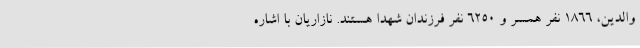
والدین، 1866 نفر همسر و 6250 نفر فرزندان شهدا هستند. نازاریان با اشاره